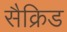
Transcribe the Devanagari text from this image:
सैक्रिड